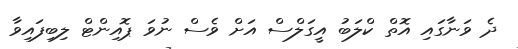
ދެ ވަނާގައި އޮތް ކްލަބު އީގަލްސް އަށް ވެސް ނުވަ ޕޮއިންޓް ލިބިފައިވާ